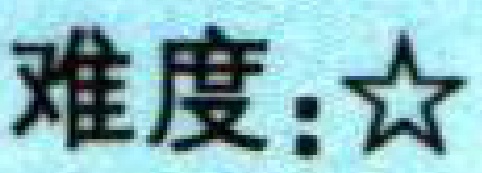
难度：$\bigstar$